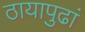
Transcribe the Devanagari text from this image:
ठायापुढां